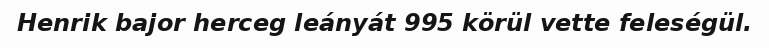
Henrik bajor herceg leányát 995 körül vette feleségül.